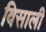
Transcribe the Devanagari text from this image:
विसाली